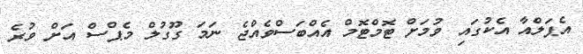
އެޕަލްއާ އެކުގައި ވުމަށް ޓޮމްޓޮމް އެއްބަސްވެއްޖެ ނަމަ ގޫގުލް މެޕްސް އަށް ވުރެ